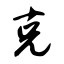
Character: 克